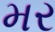
મર